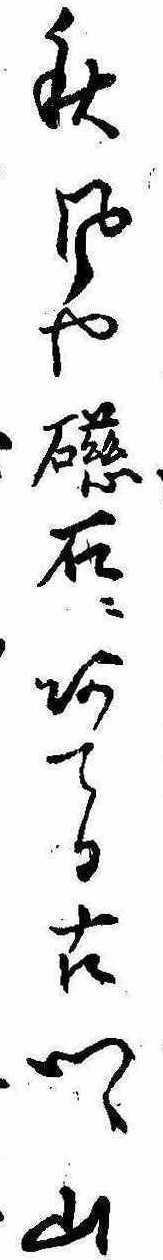
秋風や磁石にあてる古郷山